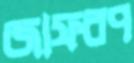
জাফরপ